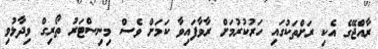
ރާއްޖޭގެ އެކި ރަށްތަކުގައި ހަރުކުރުމަށް ރާވާފައިވާ ކަމަށް ވެސް މިނިސްޓަރު ތޯރިގް ވިދާޅުވި